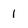
Character: 1